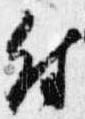
付